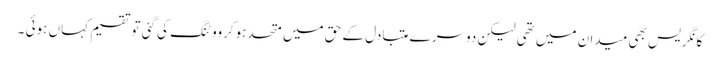
کانگریس بھی میدان میں تھی لیکن دوسر ے متبادل کے حق میں متحدہوکرووٹنگ کی گئی توتقسیم کہاں ہوئی ۔